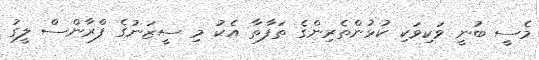
މެސީ ބުނީ ވަކިވަކި ކުޅުންތެރިންގެ ތަފާތާ އެކު މި ސީޒަނުގެ ފްރާންސް ލީގު